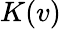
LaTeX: K(v)